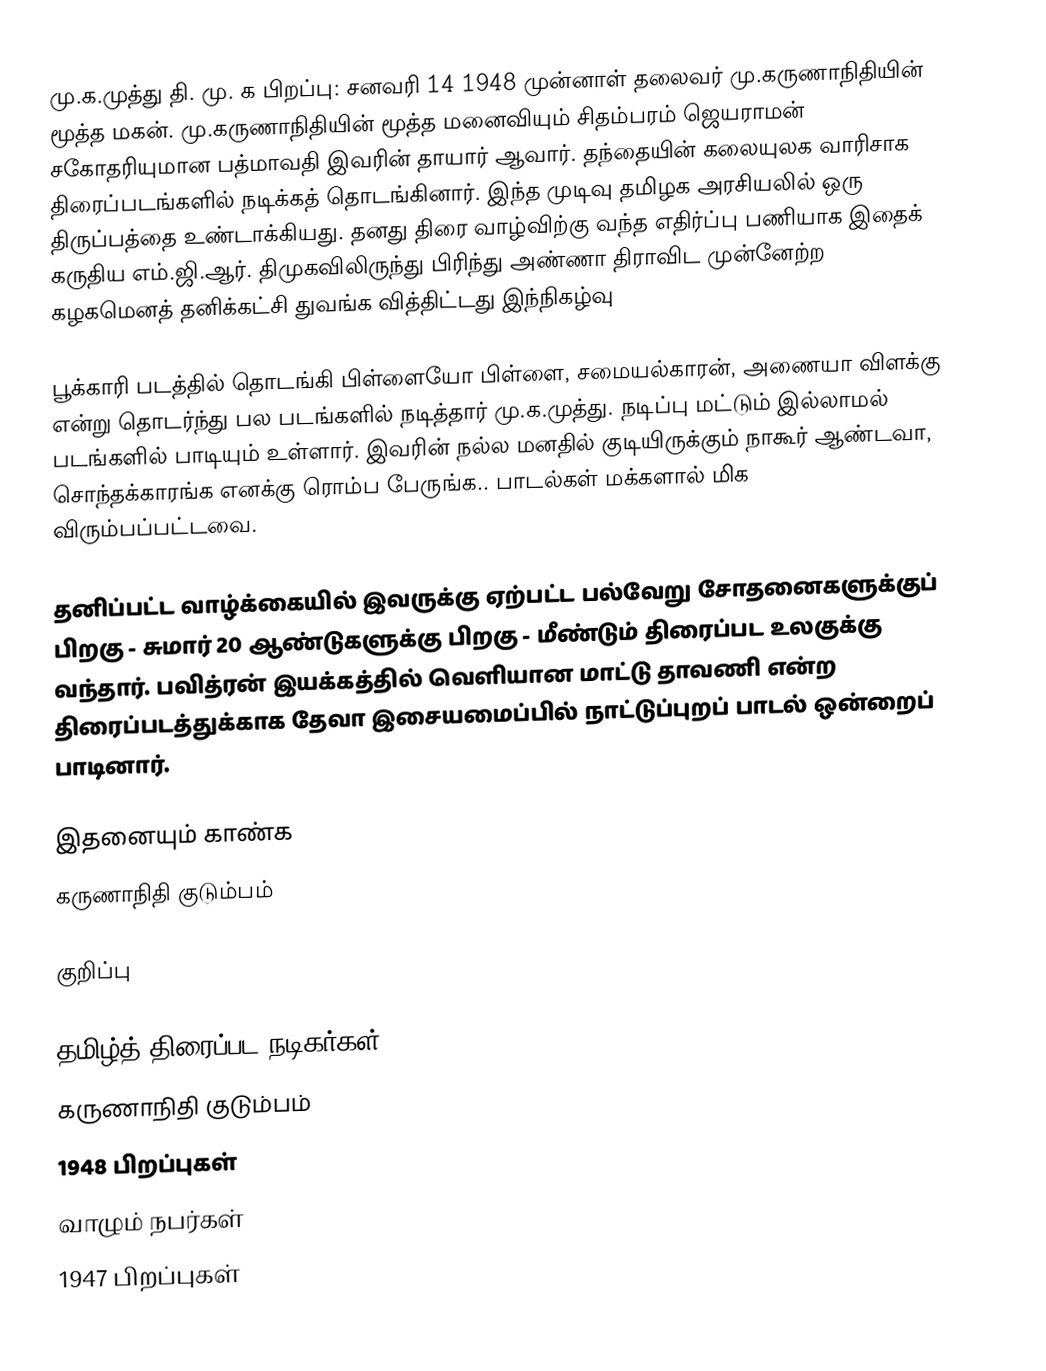
மு.க.முத்து தி. மு. க பிறப்பு: சனவரி 14 1948 முன்னாள் தலைவர் மு.கருணாநிதியின் மூத்த மகன். மு.கருணாநிதியின் மூத்த மனைவியும் சிதம்பரம் ஜெயராமன் சகோதரியுமான பத்மாவதி இவரின் தாயார் ஆவார். தந்தையின் கலையுலக வாரிசாக திரைப்படங்களில் நடிக்கத் தொடங்கினார். இந்த முடிவு தமிழக அரசியலில் ஒரு திருப்பத்தை உண்டாக்கியது. தனது திரை வாழ்விற்கு வந்த எதிர்ப்பு பணியாக இதைக் கருதிய எம்.ஜி.ஆர். திமுகவிலிருந்து பிரிந்து அண்ணா திராவிட முன்னேற்ற கழகமெனத் தனிக்கட்சி துவங்க வித்திட்டது இந்நிகழ்வு

பூக்காரி படத்தில் தொடங்கி பிள்ளையோ பிள்ளை, சமையல்காரன், அணையா விளக்கு என்று தொடர்ந்து பல படங்களில் நடித்தார் மு.க.முத்து. நடிப்பு மட்டும் இல்லாமல் படங்களில் பாடியும் உள்ளார். இவரின் நல்ல மனதில் குடியிருக்கும் நாகூர் ஆண்டவா, சொந்தக்காரங்க எனக்கு ரொம்ப பேருங்க.. பாடல்கள் மக்களால் மிக விரும்பப்பட்டவை.

தனிப்பட்ட வாழ்க்கையில் இவருக்கு ஏற்பட்ட பல்வேறு சோதனைகளுக்குப் பிறகு - சுமார் 20 ஆண்டுகளுக்கு பிறகு - மீண்டும் திரைப்பட உலகுக்கு வந்தார். பவித்ரன் இயக்கத்தில் வெளியான மாட்டு தாவணி என்ற திரைப்படத்துக்காக தேவா இசையமைப்பில் நாட்டுப்புறப் பாடல் ஒன்றைப் பாடினார்.

இதனையும் காண்க
 கருணாநிதி குடும்பம்

குறிப்பு

தமிழ்த் திரைப்பட நடிகர்கள்
கருணாநிதி குடும்பம்
1948 பிறப்புகள்
வாழும் நபர்கள்
1947 பிறப்புகள்